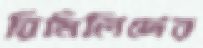
রিমিলিদের